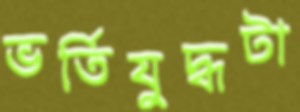
ভর্তিযুদ্ধটা